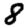
Digit: 8